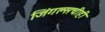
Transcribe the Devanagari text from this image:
जिंगल्सचीही